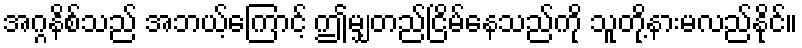
အဂ္ဂနိစ်သည် အဘယ့်ကြောင့် ဤမျှတည်ငြိမ်နေသည်ကို သူတို့နားမလည်နိုင်။